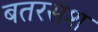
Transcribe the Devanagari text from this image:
बतरसश